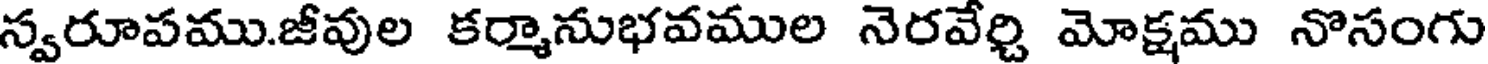
స్వరూపము.జీవుల కర్మానుభవముల నెరవేర్చి మోక్షము నొసంగు